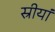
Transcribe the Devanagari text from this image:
स्रीयां